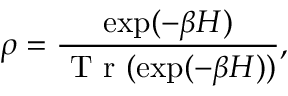
\rho = \frac { \exp ( - \beta H ) } { \mathrm { ~ T ~ r ~ } ( \exp ( - \beta H ) ) } ,